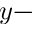
y -